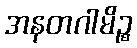
အနတဂါမိဉ္စ